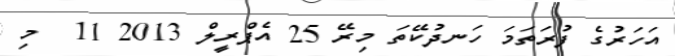
އަހަރުގެ ފުރަތަމަ ހަނދުކޭތަ މިރޭ 25 އެޕްރީލް 2013 11  މި